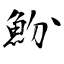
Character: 魵